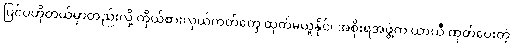
ပြင်ပဟိုတယ်မှာတည်းလို့ ကိုယ်စားလှယ်ကတ်တွေ ထုတ်မယူနိုင်၊ အစိုးရအဖွဲ့က ယာယီ ထုတ်ပေးတဲ့